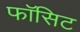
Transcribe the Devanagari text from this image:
फॉसिट